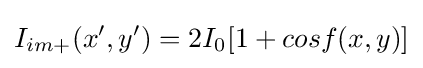
I_{im+}(x',y')=2I_{0}[1+cosf(x,y)]